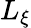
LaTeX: L_{\xi}